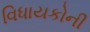
વિધાયકોની